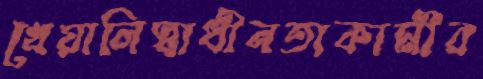
খেয়ালিস্বাধীনতাকামীর